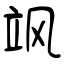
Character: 飒